Lock hospitals Punjab
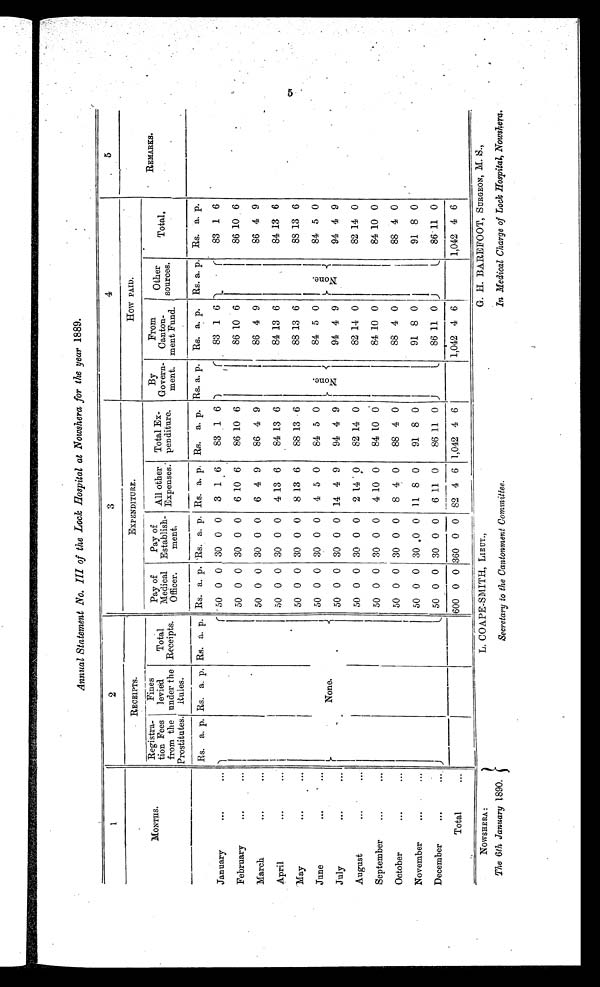
L. COAPE-SMITH, LIEUT.,
Secretary to the Cantonment Committee.
G. H. BAREFOOT, SURGEON, M. S.,
In Medical Charge of Lock Hospital, Nawshera..
Annual Statement No. III of the Lock Hospital at Nowshera for the year 1889.
1
2
3
4
5
MONTHS.
RECEIPTS.
EXPENDITURE.
How PAID.
REMARKS.
Registra-
tion Fees
from the
Prostitutes.
Fines
levied
under the
Rules.
Total
Receipts.
Pay of
M e d i c a l .
Pay of
Establish- All other
Expenses.
Total Ex-
penditure. By Govern
ment. -
F r o m C a n t o n m e n t F u n d .
Other
sources..
Total.
Rs. a. p. Rs. a. p. Rs. a. p. Rs. a. p. Rs. a. p. Rs. a. p. Rs. a.. p Rs.a.p. Rs. a. p. Rs.a.p. Rs. a. p.
January
. . .
...
50 0 0 30 0 0 3 1 6
83 1 6
83 1 6
83 1 6
February
...
...
50 0 0 30 0 0 6 10 6
86 10 6
86 10 6
86 10 6
March
. . .
. . .
50 0 0 30 0 0 6 4 9
86 4 9
86 4 9
86 4 9
84 13 6
84 13 6
50 0 0 30 0 0 4 13 6
84 13 6
April
...
...
May
...
...
50 0 0 30 0 0 8 13 6
88 13 6
88 13 6
88
1 3 6
June
. . .
. . .
None.
50 0 0 30 0 0 4 5 0
84 5 0
N o n e .
84 5 0 N o n e .
84 5
July
. . .
...
50 0 0 30 0 0 14 4 9
94 4 9
94 4 9
94 4 9
August
...
...
50 0 0 30 0 0 2 14
0 82 14 0
82 14 0
82 14 0
September
...
...
50 0 0 30 0 0 4 10 0
84 10 0
84 10 0
84 10 0
October
. . .
. . .
50 0 0 30 0 0 8 4 0
88 4 0
88 4 0
88 4 0
November
...
. . .
50 0 0 30 ,0 0 11 8 0
91 8 0
91 8 0
91 8 0
December
...
. . .
50 0 0 30 0 0 6 11 0
86 11 0
86 11 0
86 11 0
Total
. . .
600 0 0 360 0 0 82 4 6 1,042 4 6
1,042 4 6
1,042 4 6
NOWSHERA:
The 6th January 1890.